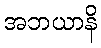
အဘယာနိ